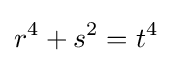
r^{4}+s^{2}=t^{4}